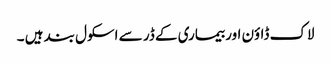
لاک ڈاؤن اور بیماری کے ڈر سے اسکول بند ہیں ۔